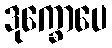
ဒုက္ခောပေ